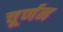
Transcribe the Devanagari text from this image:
चूर्णन